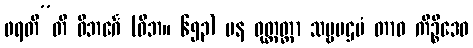
ဖရတီ”တိ ဝိဘင်္ဂေ (ဝိဘ။ ၆၅၃) ပန ဝုတ္တတ္တာ သဗ္ဗပဌမံ တာဝ ကိဉ္စိဒေဝ